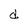
Character: d